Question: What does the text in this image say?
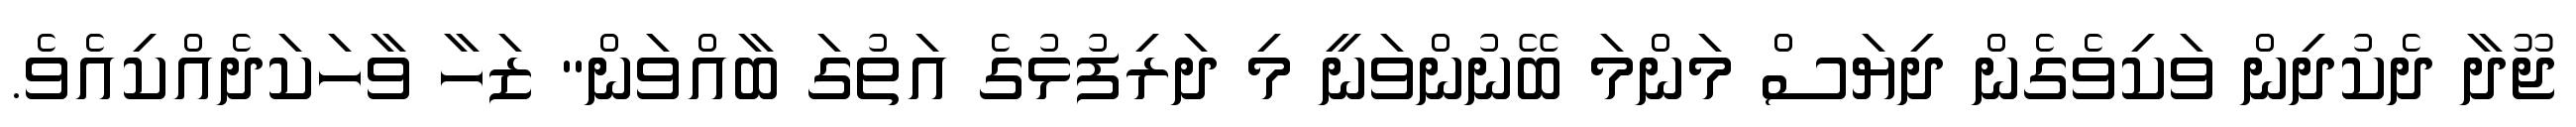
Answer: ޖޫދާ ދެކުދިން ވަކިވެގެން ދިޔަސް މަންމަ ބޭނުންވަނީ މި ދަރިފުޅުގެ އަތުގަ ބާއްވަން" ޒަހާ ވާހަކަދެއްކިއެވެ.